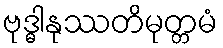
ဗုဒ္ဓါနုဿတိမုတ္တမံ